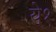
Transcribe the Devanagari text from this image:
ये१